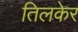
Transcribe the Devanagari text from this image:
तिलकेर